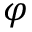
\varphi